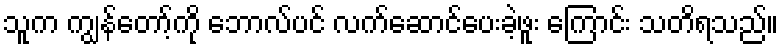
သူက ကျွန်တော့်ကို ဘောလ်ပင် လက်ဆောင်ပေးခဲ့ဖူး ကြောင်း သတိရသည်။